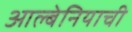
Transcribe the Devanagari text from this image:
आल्बेनियाची